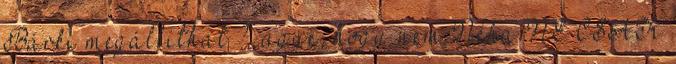
Bárki megállíthat ? .ugye, hogy nem Néha NE CSAK